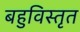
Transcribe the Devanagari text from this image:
बहुविस्तृत